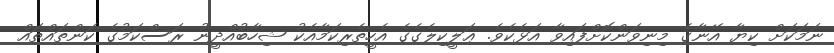
ނަމަކަށް ކިޔާ އޭނާގެ މިނިވަންކޮށްފައިވާ އަޅެކެވެ. ޢަލީކިލެގެގެ އެހީތެރިކަމާއެކު ޝިހާބުއްދީނު ރަސްކަމުގެ ކަންތައްތައް